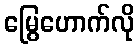
မြွေဟောက်လို